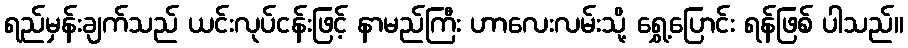
ရည်မှန်းချက်သည် ယင်းလုပ်ငန်းဖြင့် နာမည်ကြီး ဟာလေးလမ်းသို့ ရွှေ့ပြောင်း ရန်ဖြစ် ပါသည်။